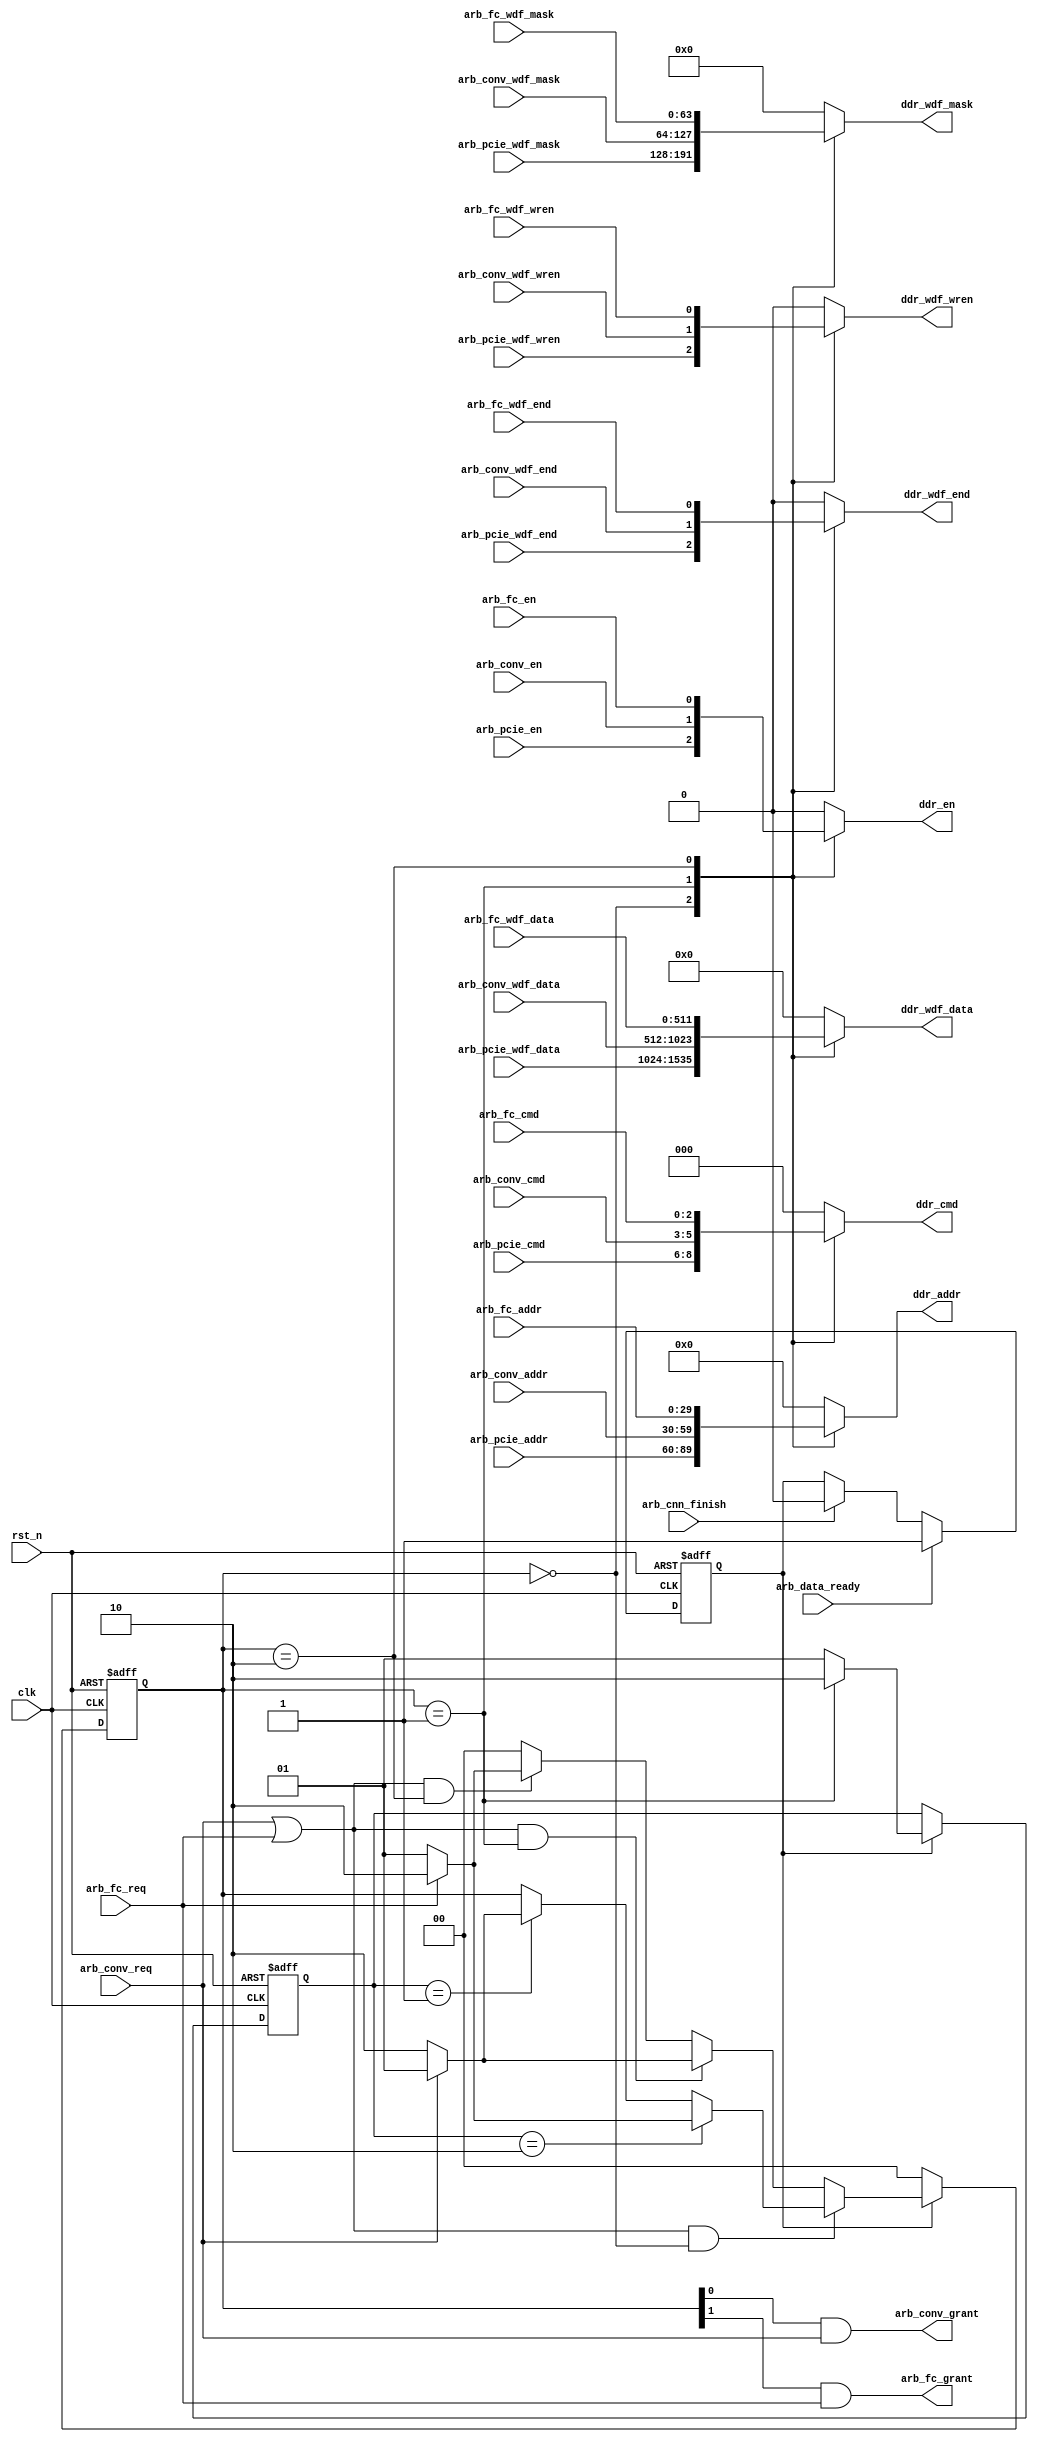
// ---------------------------------------------------
//
// Description: ddr interface arbiter:
//                a) I/O from PC
//                b) I/O from vgg module
//
// Version    : 1.1
// ---------------------------------------------------

//`define sim_
module ddr_iface_arbiter (
    input  wire           clk,
    input  wire           rst_n,
    // ddr
    output reg  [29:0]    ddr_addr,
    output reg  [2:0]     ddr_cmd,
    output reg            ddr_en,
    output reg  [511:0]   ddr_wdf_data,
    output reg  [63:0]    ddr_wdf_mask, // stuck at 64'b1
    output reg            ddr_wdf_end,  // stuck at 1'b1
    output reg            ddr_wdf_wren,
    //
    input  wire           arb_data_ready, // deasserted -- PCIe, asserted -- vgg module, transinet signal, arbiter enable
    input  wire           arb_cnn_finish, // asserted -- PCIe, deasserted -- vgg module, transinet signal, arbiter disable
    // pcie
    input  wire [29:0]    arb_pcie_addr,
    input  wire [2:0]     arb_pcie_cmd,
    input  wire           arb_pcie_en,
    input  wire [511:0]   arb_pcie_wdf_data,
    input  wire [63:0]    arb_pcie_wdf_mask, // stuck at 64'b1
    input  wire           arb_pcie_wdf_end,  // stuck at 1'b1
    input  wire           arb_pcie_wdf_wren,
    // vgg module conv.
    input  wire           arb_conv_req,
    output wire           arb_conv_grant,
    input  wire [29:0]    arb_conv_addr,
    input  wire [2:0]     arb_conv_cmd,
    input  wire           arb_conv_en,
    input  wire [511:0]   arb_conv_wdf_data,
    input  wire [63:0]    arb_conv_wdf_mask, // stuck at 64'b1
    input  wire           arb_conv_wdf_end,  // stuck at 1'b1
    input  wire           arb_conv_wdf_wren,
    // vgg module fc.
    input  wire           arb_fc_req,
    output wire           arb_fc_grant,
    input  wire [29:0]    arb_fc_addr,
    input  wire [2:0]     arb_fc_cmd,
    input  wire           arb_fc_en,
    input  wire [511:0]   arb_fc_wdf_data,
    input  wire [63:0]    arb_fc_wdf_mask, // stuck at 64'b1
    input  wire           arb_fc_wdf_end,  // stuck at 1'b1
    input  wire           arb_fc_wdf_wren
  );

  localparam PRIO_CONV = 2'd1;
  localparam PRIO_FC   = 2'd2;
  localparam GRNT_PCIE = 2'd0;
  localparam GRNT_CONV = 2'd1;
  localparam GRNT_FC   = 2'd2;

  reg  [1:0]  _arb_grant;
  reg  [1:0]  _arb_priority; // 2'b1 -- conv, 2'b2 -- fc
  reg         _arb_en;

  assign arb_conv_grant = _arb_grant[0] && arb_conv_req;
  assign arb_fc_grant   = _arb_grant[1] && arb_fc_req;

//`ifdef sim_
//always@(posedge clk) begin
//  if(arb_conv_grant) begin
//    $display("%t: grant conv @ ddr_iface_arbiter.v", $realtime);
//  end else if(arb_fc_grant) begin
//    $display("%t: grant fc @ ddr_iface_arbiter.v", $realtime);
//  end
//end
//`endif

  always@(posedge clk or negedge rst_n) begin
    if(!rst_n) begin
      _arb_en <= 1'b0;
    end else begin
      if(arb_data_ready) begin
        _arb_en <= 1'b1;
      end else if(arb_cnn_finish) begin
        _arb_en <= 1'b0;
      end
    end
  end

  // priority update
  always@(posedge clk or negedge rst_n) begin
    if(!rst_n) begin
      _arb_priority <= PRIO_CONV;
    end else begin
      if(_arb_en) begin
        if(_arb_grant==GRNT_CONV) begin
          _arb_priority <= PRIO_FC;
        end else begin
          _arb_priority <= PRIO_CONV;
        end
      end
    end
  end

  // grant request
  always@(posedge clk or negedge rst_n) begin
    if(!rst_n) begin
      _arb_grant <= GRNT_PCIE;
    end else begin
      if(_arb_en) begin
        if((arb_conv_req || arb_fc_req) && _arb_grant==GRNT_PCIE) begin
          if(_arb_priority==PRIO_FC) begin
            if(arb_fc_req) begin
              _arb_grant <= GRNT_FC;
            end else begin
              _arb_grant <= GRNT_CONV;
            end
          end else if(_arb_priority==PRIO_CONV) begin
            if(arb_conv_req) begin
              _arb_grant <= GRNT_CONV;
            end else begin
              _arb_grant <= GRNT_FC;
            end
          end
        end else if((arb_conv_req || arb_fc_req) && _arb_grant==GRNT_CONV) begin
          if(!arb_conv_req) begin
            _arb_grant <= GRNT_FC;
          end else begin
            _arb_grant <= GRNT_CONV;
          end
        end else if((arb_conv_req || arb_fc_req) && _arb_grant==GRNT_FC) begin
          if(!arb_fc_req) begin
            _arb_grant <= GRNT_CONV;
          end else begin
            _arb_grant <= GRNT_FC;
          end
        end else begin
          _arb_grant  <= GRNT_PCIE;
        end
      end else begin
        _arb_grant <= GRNT_PCIE;
      end
    end
  end
  // grant request two-process coding style (ToDo)

  always@(_arb_grant or

          arb_pcie_addr     or arb_pcie_cmd     or arb_pcie_en        or arb_pcie_wdf_data or
          arb_pcie_wdf_mask or arb_pcie_wdf_end or arb_pcie_wdf_wren  or

          arb_conv_addr     or arb_conv_cmd     or arb_conv_en        or arb_conv_wdf_data or
          arb_conv_wdf_mask or arb_conv_wdf_end or arb_conv_wdf_wren  or

          arb_fc_addr       or arb_fc_cmd       or arb_fc_en          or arb_fc_wdf_data or
          arb_fc_wdf_mask   or arb_fc_wdf_end   or arb_fc_wdf_wren
          ) begin
    ddr_addr      = 30'd0;
    ddr_cmd       = 3'd0;
    ddr_en        = 1'd0;
    ddr_wdf_data  = 512'd0;
    ddr_wdf_mask  = 64'd0;
    ddr_wdf_end   = 1'd0;
    ddr_wdf_wren  = 1'd0;

    case(_arb_grant)
      GRNT_PCIE: begin
        ddr_addr                = arb_pcie_addr;
        ddr_cmd                 = arb_pcie_cmd;
        ddr_en                  = arb_pcie_en;
        ddr_wdf_data            = arb_pcie_wdf_data;
        ddr_wdf_mask            = arb_pcie_wdf_mask;
        ddr_wdf_end             = arb_pcie_wdf_end;
        ddr_wdf_wren            = arb_pcie_wdf_wren;
      end
      GRNT_CONV: begin
        ddr_addr                = arb_conv_addr;
        ddr_cmd                 = arb_conv_cmd;
        ddr_en                  = arb_conv_en;
        ddr_wdf_data            = arb_conv_wdf_data;
        ddr_wdf_mask            = arb_conv_wdf_mask;
        ddr_wdf_end             = arb_conv_wdf_end;
        ddr_wdf_wren            = arb_conv_wdf_wren;
      end
      GRNT_FC: begin
        ddr_addr                = arb_fc_addr;
        ddr_cmd                 = arb_fc_cmd;
        ddr_en                  = arb_fc_en;
        ddr_wdf_data            = arb_fc_wdf_data;
        ddr_wdf_mask            = arb_fc_wdf_mask;
        ddr_wdf_end             = arb_fc_wdf_end;
        ddr_wdf_wren            = arb_fc_wdf_wren;
      end
    endcase
  end

endmodule